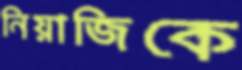
নিয়াজিকে